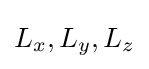
{\textstyle L_{x},L_{y},L_{z}}